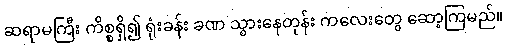
ဆရာမကြီး ကိစ္စရှိ၍ ရုံးခန်း ခဏ သွားနေတုန်း ကလေးတွေ ဆော့ကြမည်။